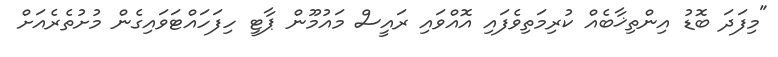
"މިފަދަ ބޮޑު އިންތިޚާބެއް ކުރިމަތިވެފައި އޮއްވައި ރައީސް މައުމޫން ޕާޓީ ހިފަހައްޓަވައިގެން މުށުތެރެއަށް